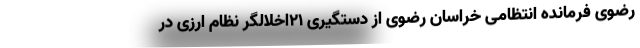
رضوی فرمانده انتظامی خراسان رضوی از دستگیری ۲۱اخلالگر نظام ارزی در